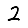
Digit: 2